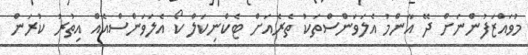
މުވައްޒަފުންނަށް ދޭ އާންމު އެލަވަންސްތަކު ތެރެއަށް ޓެކްނިކަލް ކޯ އެލަވަންސްއެއް އިތުރު ކުރަން